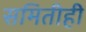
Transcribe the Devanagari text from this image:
समितीही